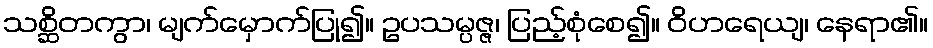
သစ္ဆိတကွာ၊ မျက်မှောက်ပြု၍။ ဥပသမ္ပဇ္ဇ၊ ပြည့်စုံစေ၍။ ဝိဟရေယျ၊ နေရာ၏။